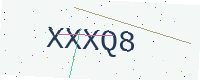
Text: XXXQ8